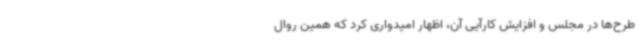
طرح‌ها در مجلس و افزایش کارآیی آن، اظهار امیدواری کرد که همین روال